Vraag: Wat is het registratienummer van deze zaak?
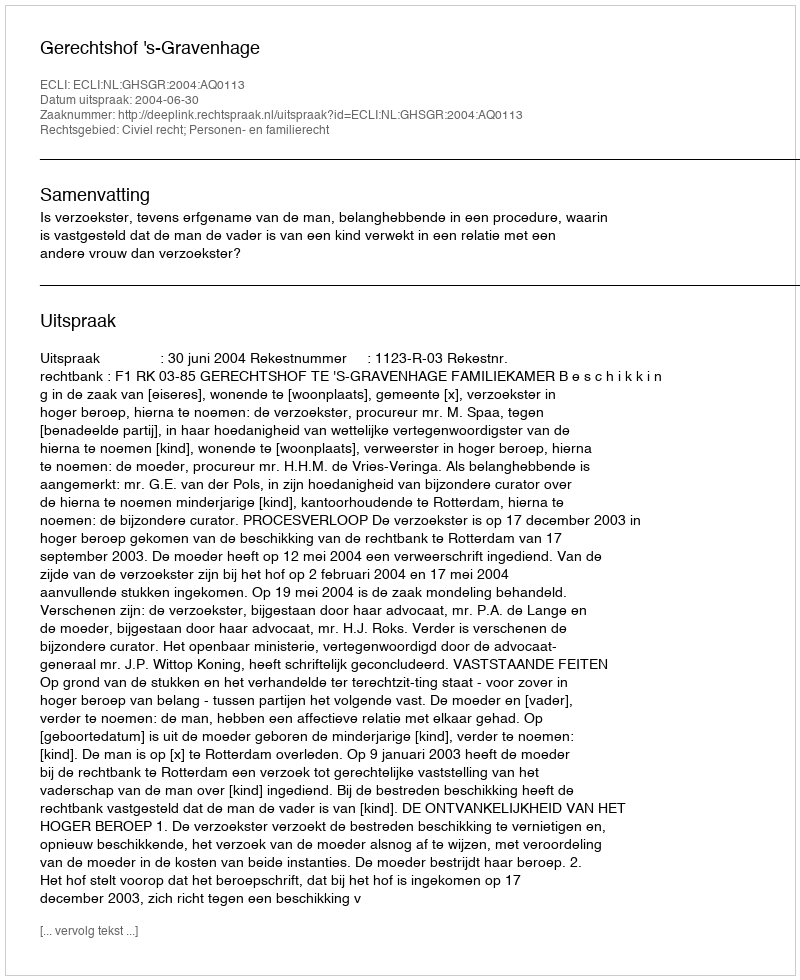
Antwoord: http://deeplink.rechtspraak.nl/uitspraak?id=ECLI:NL:GHSGR:2004:AQ0113